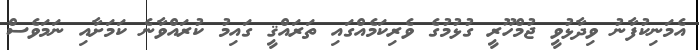
އެމަނިކުފާނު ވިދާޅުވީ ޖުމްހޫރީ ގުޅުމުގެ ވެރިކަމެއްގައި ތަރައްޤީ ގައިމު ކުރައްވާނެ ކަމަށާއި ނަމަވެސް